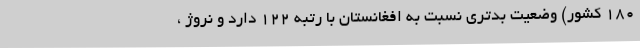
۱۸۰ کشور) وضعیت بدتری نسبت به افغانستان با رتبه ۱۲۲ دارد و نروژ ،